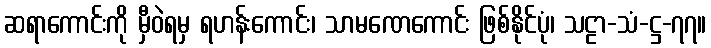
ဆရာကောင်းကို မှီဝဲရမှ ရဟန်းကောင်း၊ သာမဏေကောင်း ဖြစ်နိုင်ပုံ၊ သဠာ-သံ-ဋ္ဌ-၇၇။